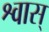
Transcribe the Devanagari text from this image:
श्वास्